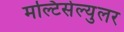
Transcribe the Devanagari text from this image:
मल्टिसेल्युलर